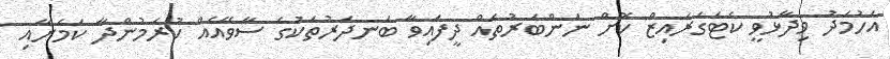
އަހުމަދު ވިދާޅުވީ ކެޓަގަރައިޒް ކޮށް ނަންބަރުތައް ދީފައިވާ ބަނދަރުތަކުގެ ސާވޭއެއް ކުރަމުންދާ ކަމަށާއި